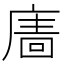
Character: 𢊂